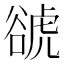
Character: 𧮽